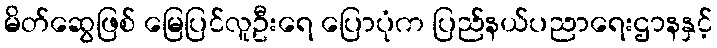
မိတ်ဆွေဖြစ် မြေပြင်လူဦးရေ ပြောပုံက ပြည်နယ်ပညာရေးဌာနနှင့်